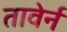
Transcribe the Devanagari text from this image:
तावेर्न